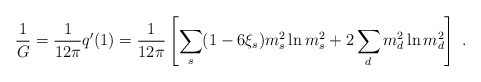
\begin{align*}{1 \over G}={1 \over 12\pi}q'(1)={1 \over 12\pi}\left[ \sum_s (1-6\xi_s)m_s^2\ln m_s^2 +2\sum_dm_d^2\ln m_d^2\right]~.\end{align*}